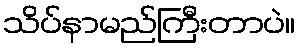
သိပ်နာမည်ကြီးတာပဲ။